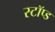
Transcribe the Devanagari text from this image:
स्टॉप्ड